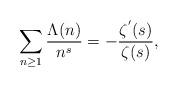
LaTeX: \begin{align*}\sum _{n \geq 1} \frac{\Lambda (n)}{n^s} =- \frac{\zeta^{'}(s)}{\zeta(s)},\end{align*}